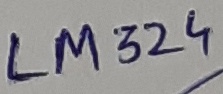
Text: LM324